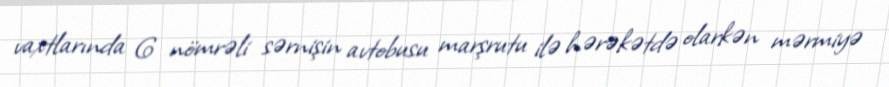
vaxtlarında 6 nömrəli sərnişin avtobusu marşrutu ilə hərəkətdə olarkən mərmiyə